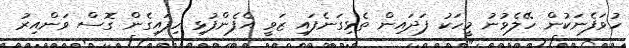
ހުވަފެނަކުން ހޭލެވުނު މީހަކު ފަދައިން ތެޅިގަނެފައި ޒަވީ އެފެންފުޅި ހިފައިގެން ގޮސް ވަންއިރު